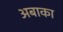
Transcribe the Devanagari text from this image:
अबाका